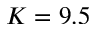
K = 9 . 5